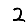
Digit: 2